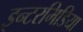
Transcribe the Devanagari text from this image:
इन्टरमिडिया